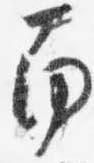
南